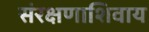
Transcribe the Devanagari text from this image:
संरक्षणाशिवाय